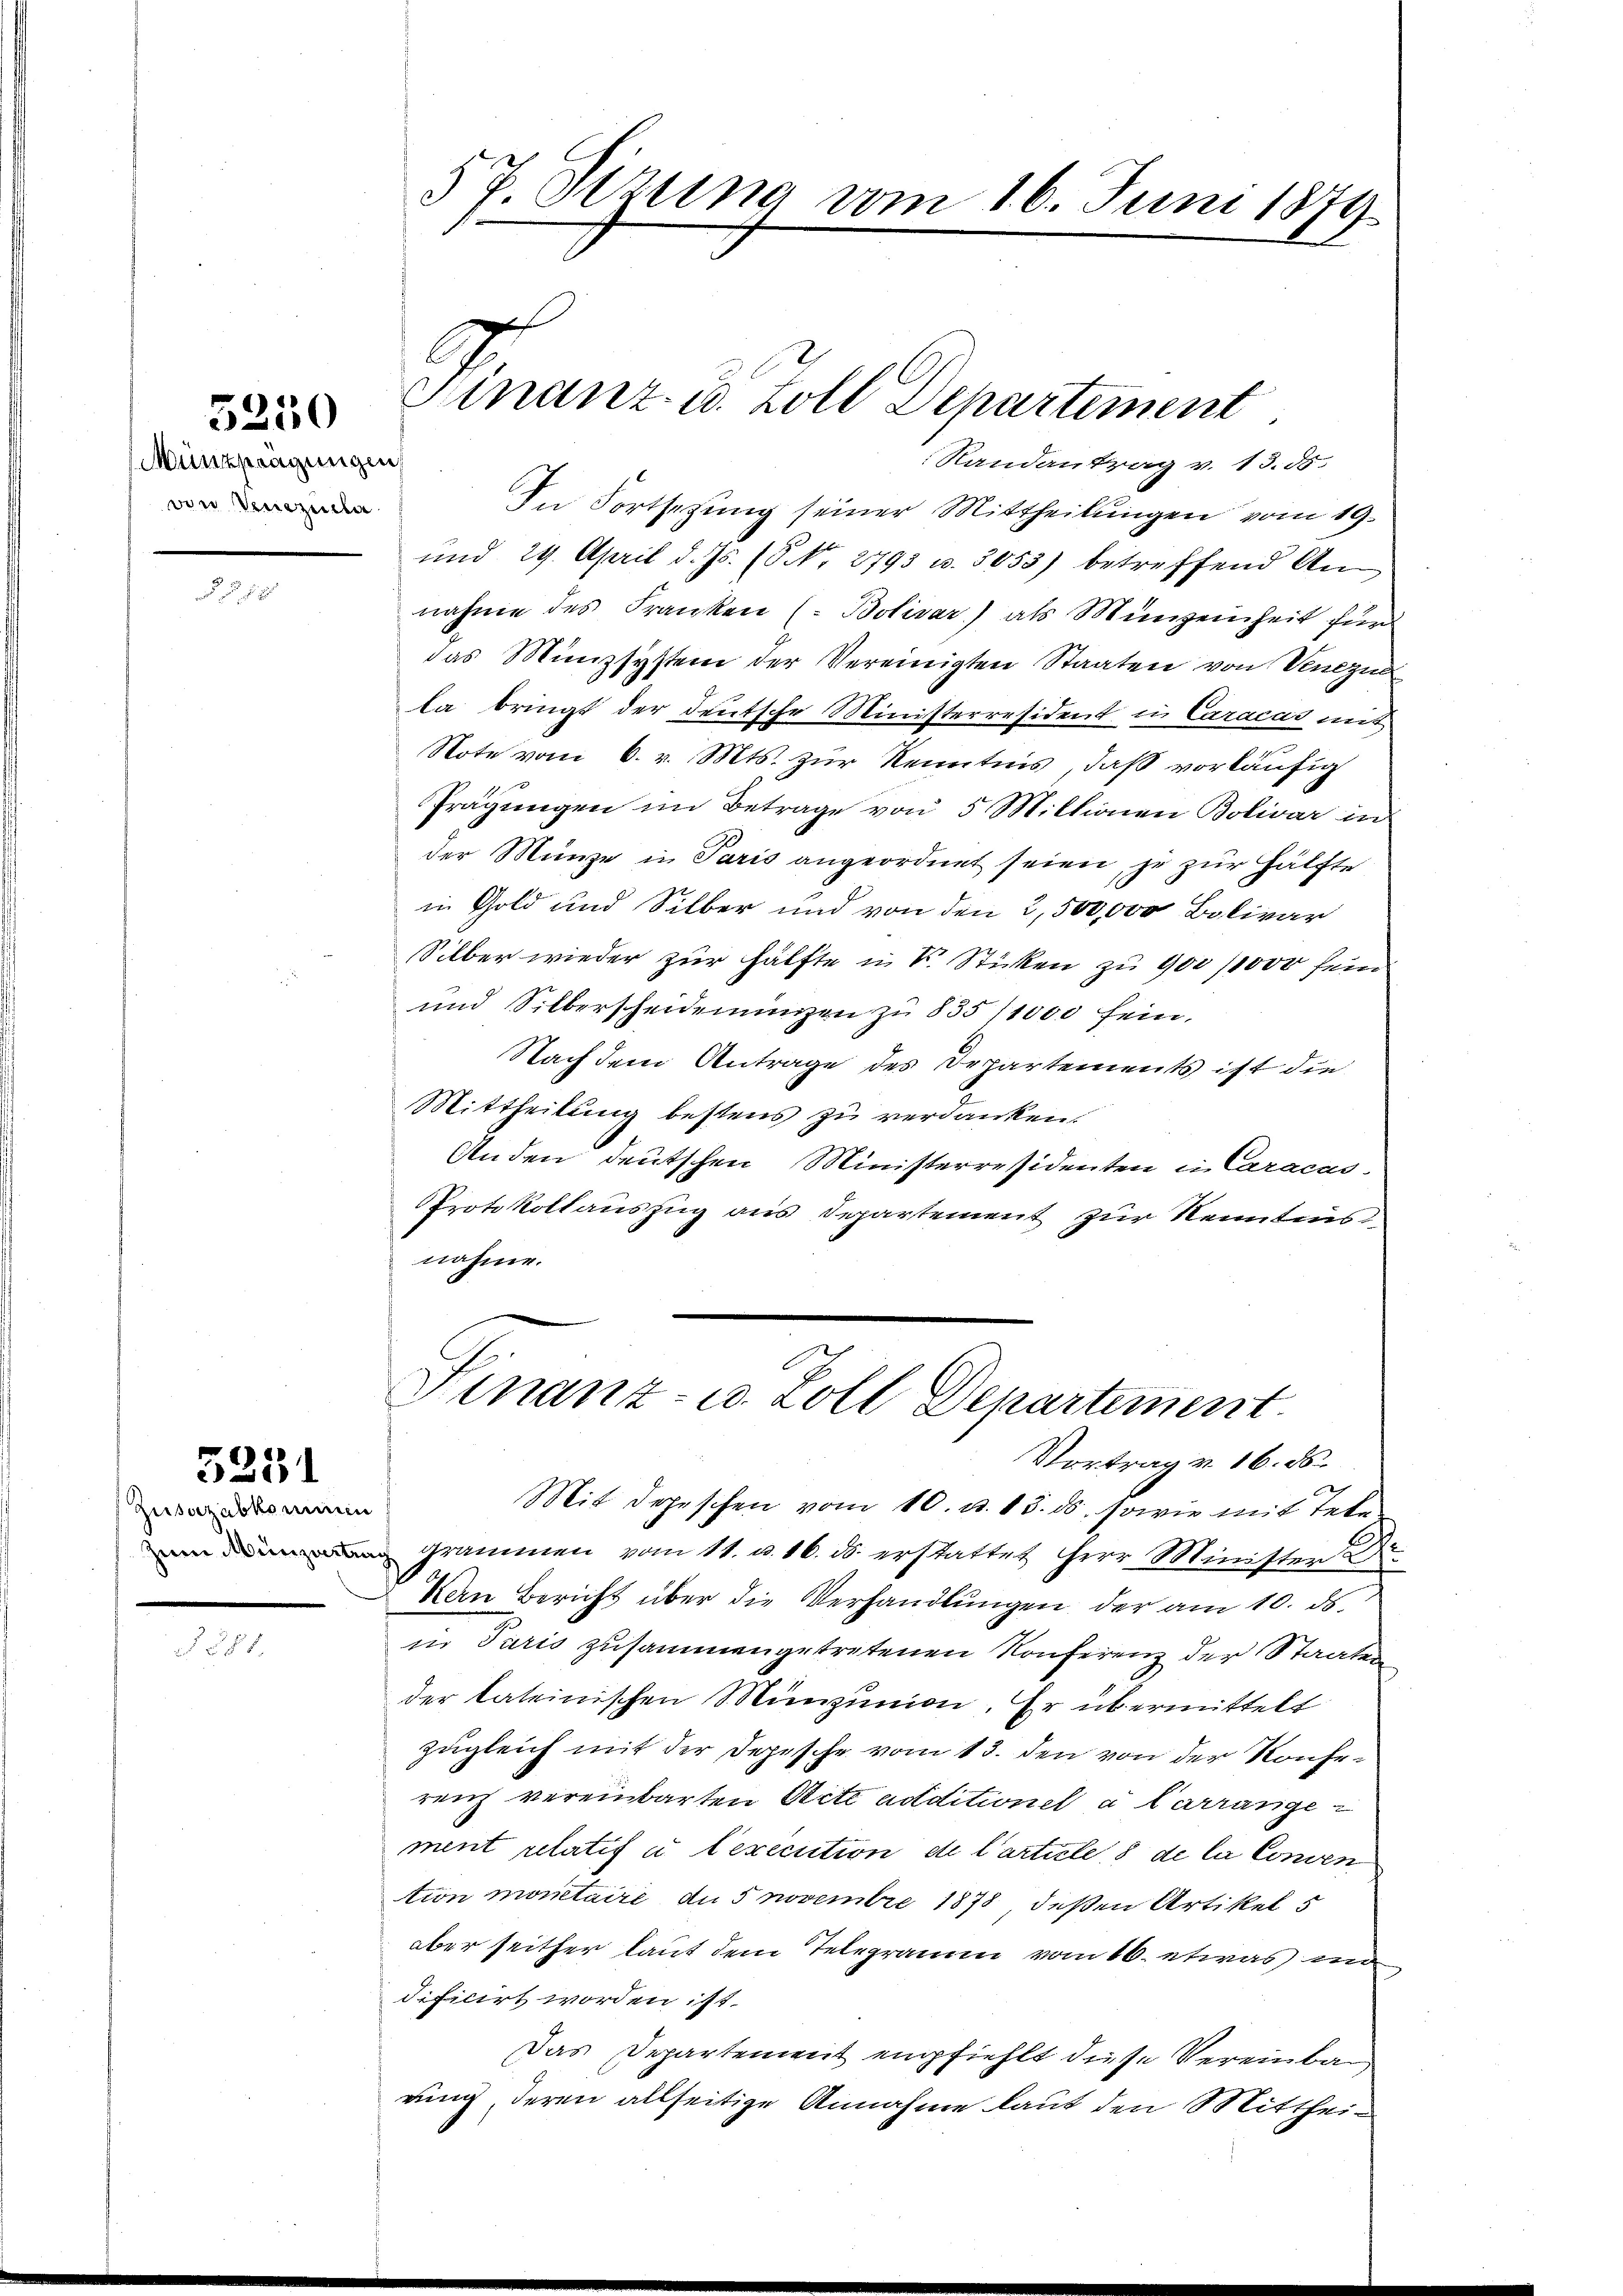
Münchwägungen,
von Verzeiche

5250

5231

Zusazabkommen

§ 7. Sitzung vom 16. Juni 1879

Randantrag v. 13. 55
In Fortsetzung seiner Mittheilungen vom 19.
und 29. April d. Js. (S. Nr. 2793 u. 3055) betreffend Annahme des Franken ( Bolivar) als Münzeinheit für
das Münzsystem der Vereinigten Staaten von Venezu
la bringt der deutsche Ministerresident in Caracas mit
Note vom 6. v. Mts. zur Kenntnis, daß vorläufig
Prägungen im Betrage von 5 Millionen Bolivar in
der Münze in Paris angeordnet seien, je zur Hälfte
in Gold und Silber und von den 2,500,000 Bolivar
Silber wieder zur Hälfte in V. Sticken zu 900/1000 sein
und Silberscheidenungen zu 835/1000 fein,
Nach dem Antrage des Departements ist die
Mittheilung bestens zu verdanken.
Anden deutschen Ministerresidenten in Caracus.
Protokollauszug aus Departement zur Kenntnis
nahme.

Finanz- u. Zoll Departement

Finanz- u. Zoll Departement
Vortrag v. 16. ds.

Mit depeschen vom 10. d. 13. ds. sowie mit Tele
Grammen vom 11. u. 16. ds. erstattet Herr Minister d
an Bericht über die Verhandlŭngen der am 10. ds.
in Paris zusammengetretenen Konferenz der Staaten
der lateinischen Münzunion. Er übermittelt
zugleich mit der Depesche vom 13. den von der Konferenz vereinbarten Acte additionel à Carrangement relatif u. lexécution de l’article 8 de la Conven
tion montaire, an 5 Novembre 1878, deßen Artikel 5
aber seither laut dem Telegramm vom 16. etwas in
dificirt worden ist.
Das Departement empfiehlt diese Vereinba
rung, deren allseitige Annahme laut den Mitthei¬